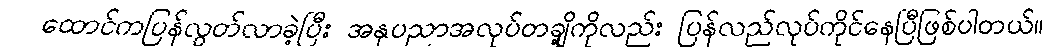
ထောင်ကပြန်လွတ်လာခဲ့ပြီး အနုပညာအလုပ်တချို့ကိုလည်း ပြန်လည်လုပ်ကိုင်နေပြီဖြစ်ပါတယ်။